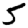
Digit: 5